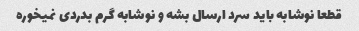
قطعا نوشابه باید سرد ارسال بشه و نوشابه گرم بدردی نمیخوره